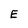
Character: E